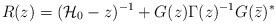
LaTeX: \begin{align*} R(z)=(\mathcal{H}_0 -z)^{-1}+G(z)\Gamma(z)^{-1}G(\bar{z})^\ast\,\end{align*}